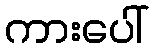
ကားပေါ်